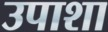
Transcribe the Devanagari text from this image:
उपाशा